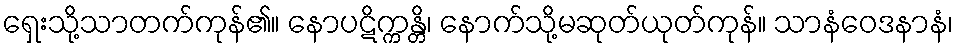
ရှေးသို့သာတက်ကုန်၏။ နောပဋိက္ကန္တိ၊ နောက်သို့မဆုတ်ယုတ်ကုန်။ သာနံဝေဒနာနံ၊